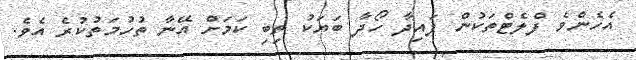
އެހެންވެ ފްލެޓްތަކުން ފައިދާ ހޯދާ ބަޔަކު ތިބި ކަމަށް އޭނާ ތުހުމަތުކުރެ އެވެ.